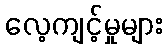
လေ့ကျင့်မှုများ